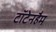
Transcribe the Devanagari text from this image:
टॉटेनहैम